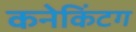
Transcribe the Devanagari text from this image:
कनेकिंटग